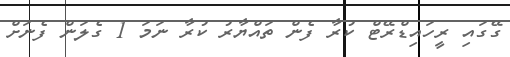
ގޭގައި ރީހައިޑްރޭޓް ކުރާ ފެން ތައްޔާރު ކުރާ ނަމަ 1 ގެލަން ފެނަށް